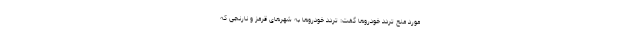
مورد منع تردد خودروها گفت: تردد خودروها به شهرهای قرمز و نارنجی که